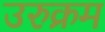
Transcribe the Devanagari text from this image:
उरुक्रम